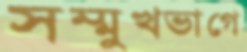
সম্মুখভাগে